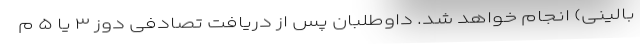
بالینی) انجام خواهد شد. داوطلبان پس از دریافت تصادفی دوز ۳ یا ۵ م